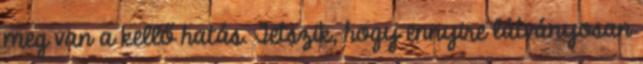
meg van a kellő hatás. Tetszik, hogy ennyire látványosan